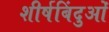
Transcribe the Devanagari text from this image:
शीर्षबिंदुओं